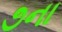
૭ના